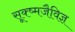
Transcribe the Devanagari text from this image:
सूक्ष्मजैविज्ञ